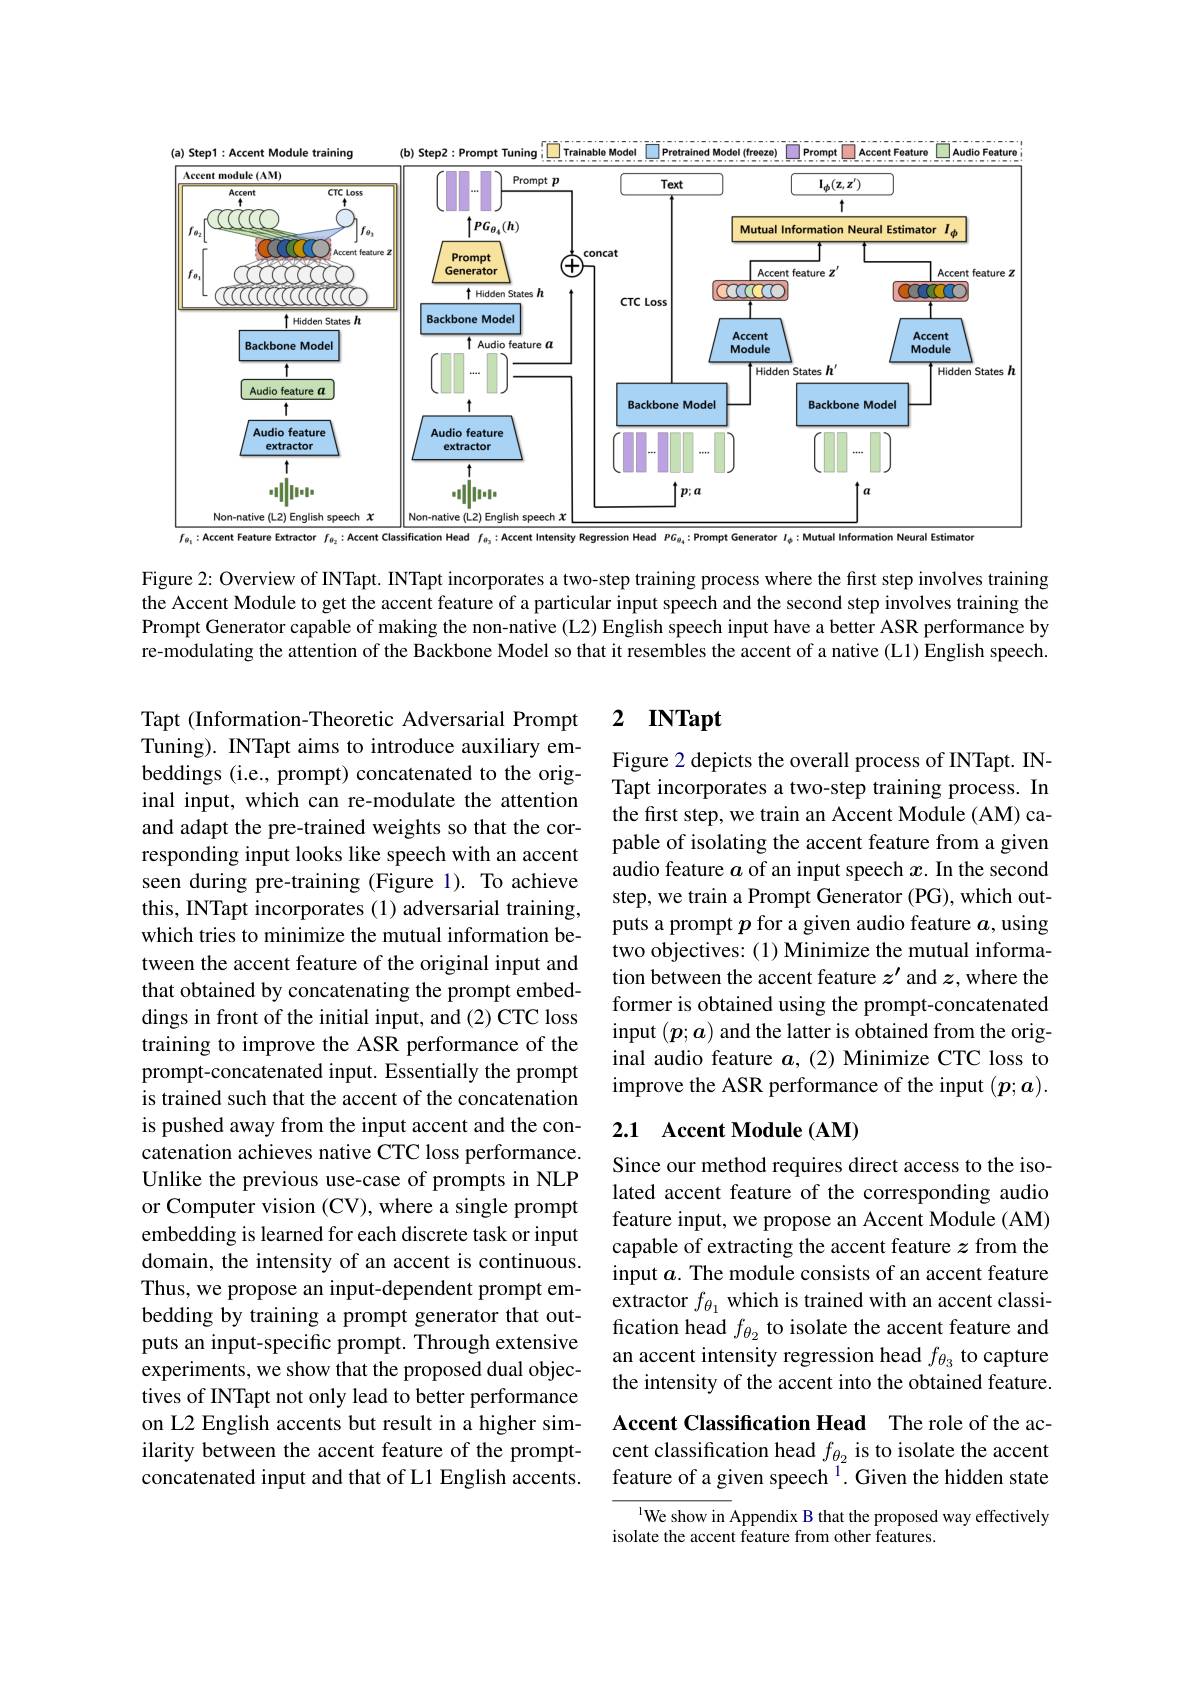
<FigureHere>

Figure 2: Overview of INTapt. INTapt incorporates a two-step training process where the first step involves training the Accent Module to get the accent feature of a particular input speech and the second step involves training the Prompt Generator capable of making the non-native (L2) English speech input have a better ASR performance by re-modulating the attention of the Backbone Model so that it resembles the accent of a native (L1) English speech.

### 2 INTapt

Figure 2 depicts the overall process of INTapt. INTapt incorporates a two-step training process. In the first step, we train an Accent Module (AM) capable of isolating the accent feature from a given audio feature $a$ of an input speech $x$. In the second step, we train a Prompt Generator (PG), which outputs a prompt $p$ for a given audio feature $a$, using two objectives: (1) Minimize the mutual information between the accent feature $z^\prime$ and $z$,where the former is obtained using the prompt-concatenated input $(\boldsymbol{p};\boldsymbol{a})$ and the latter is obtained from the original audio feature $a$,(2) Minimize CTC loss to improve the ASR performance of the input $(\boldsymbol p;\boldsymbol a).$

Tapt (Information-Theoretic Adversarial Prompt Tuning). INTapt aims to introduce auxiliary embeddings (i.e., prompt) concatenated to the original input, which can re-modulate the attention and adapt the pre-trained weights so that the corresponding input looks like speech with an accent seen during pre-training (Figure 1). To achieve this, INTapt incorporates(1) adversarial training, which tries to minimize the mutual information between the accent feature of the original input and that obtained by concatenating the prompt embeddings in front of the initial input, and (2) CTC loss training to improve the ASR performance of the prompt-concatenated input. Essentially the prompt is trained such that the accent of the concatenation is pushed away from the input accent and the concatenation achieves native CTC loss performance. Unlike the previous use-case of prompts in NLP or Computer vision (CV), where a single prompt embedding is learned for each discrete task or input domain, the intensity of an accent is continuous. Thus, we propose an input-dependent prompt embedding by training a prompt generator that outputs an input-specific prompt. Through extensive experiments, we show that the proposed dual objectives of INTapt not only lead to better performance on L2 English accents but result in a higher similarity between the accent feature of the promptconcatenated input and that of L1 English accents.

## 2.1 Accent Module (AM)

Since our method requires direct access to the isolated accent feature of the corresponding audio feature input, we propose an Accent Module (AM) capable of extracting the accent feature $z$ from the input $a$. The module consists of an accent feature extractor $f_{\theta_1}$ which is trained with an accent classification head $f_{\theta_2}$ to isolate the accent feature and an accent intensity regression head $f_{\theta_3}$ to capture the intensity of the accent into the obtained feature.

Accent Classification Head The role of the accent classification head $f_{\theta_{2}}$ is to isolate the accent feature of a given speech $^{1}.$ Given the hidden state

$^{1}$We show in Appendix B that the proposed way effectively
isolate the accent feature from other features.